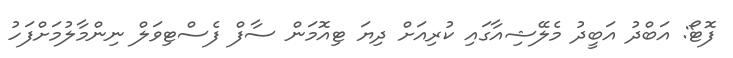
ފޮޓޯ: އަބްދު އަބީދު މެލޭޝިއާގައި ކުރިއަށް ދިޔަ ޓިއޮމަން ސާފް ފެސްޓިވަލް ނިންމާލުމަށްފަހު